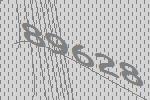
89628